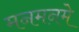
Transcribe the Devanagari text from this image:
मनमनमे